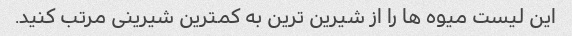
این لیست میوه ها را از شیرین ترین به کمترین شیرینی مرتب کنید.